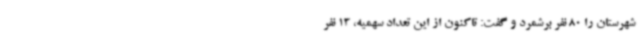
شهرستان را 80 نفر برشمرد و گفت: تاکنون از این تعداد سهمیه، 13 نفر